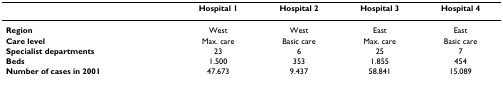
<table><thead><tr><td></td><td><b>Hospital 1</b></td><td><b>Hospital 2</b></td><td><b>Hospital 3</b></td><td><b>Hospital 4</b></td></tr></thead><tbody><tr><td><b>Region</b></td><td>West</td><td>West</td><td>East</td><td>East</td></tr><tr><td><b>Care level</b></td><td>Max. care</td><td>Basic care</td><td>Max. care</td><td>Basic care</td></tr><tr><td><b>Specialist departments</b></td><td>23</td><td>6</td><td>25</td><td>7</td></tr><tr><td><b>Beds</b></td><td>1.500</td><td>353</td><td>1.855</td><td>454</td></tr><tr><td><b>Number of cases in 2001</b></td><td>47.673</td><td>9.437</td><td>58.841</td><td>15.089</td></tr></tbody></table>